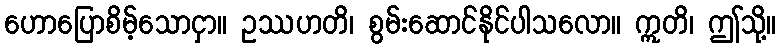
ဟောပြောစိမ့်သောငှာ။ ဥဿဟတိ၊ စွမ်းဆောင်နိုင်ပါသလော။ ဣတိ၊ ဤသို့။